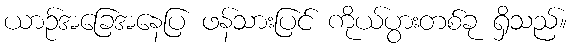
ယာဉ်အခြေအနေပြ ဖန်သားပြင် ကိုယ်ပွားတစ်ခု ရှိသည်။